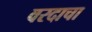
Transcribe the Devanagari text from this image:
वरदाचा